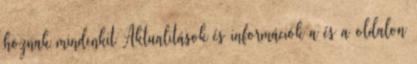
hoznak mindenkit Aktualitások és információk a és a oldalon